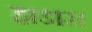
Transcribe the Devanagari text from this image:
हाडास